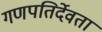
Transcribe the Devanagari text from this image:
गणपतिर्देवता